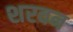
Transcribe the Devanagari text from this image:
शरवन